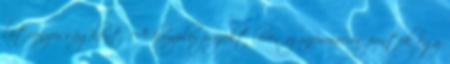
látványosságként. A komplex projekt lévén az információs pontok egy